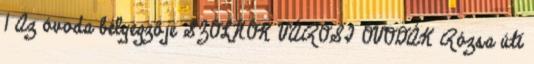
1 Az óvoda bélyegzője SZOLNOK VÁROSI ÓVODÁK Rózsa úti